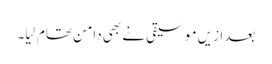
بعد ازیں موسیقی نے بھی دامن تھام لِیا۔